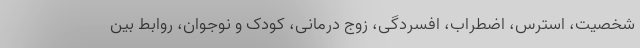
شخصیت، استرس، اضطراب، افسردگی، زوج درمانی، کودک و نوجوان، روابط بین